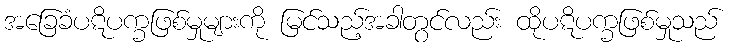
အခြေခံပဋိပက္ခဖြစ်မှုများကို မြင်သည့်အခါတွင်လည်း ထိုပဋိပက္ခဖြစ်မှုသည်